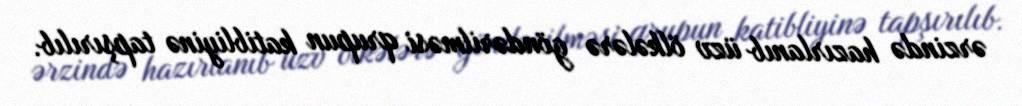
ərzində hazırlanıb üzv ölkələrə göndərilməsi qrupun katibliyinə tapşırılıb.